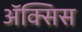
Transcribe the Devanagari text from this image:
ॲक्सिस